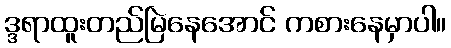
ဒ္ဒရာထူးတည်မြဲနေအောင် ကစားနေမှာပါ။